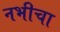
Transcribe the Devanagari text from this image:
नभीचा